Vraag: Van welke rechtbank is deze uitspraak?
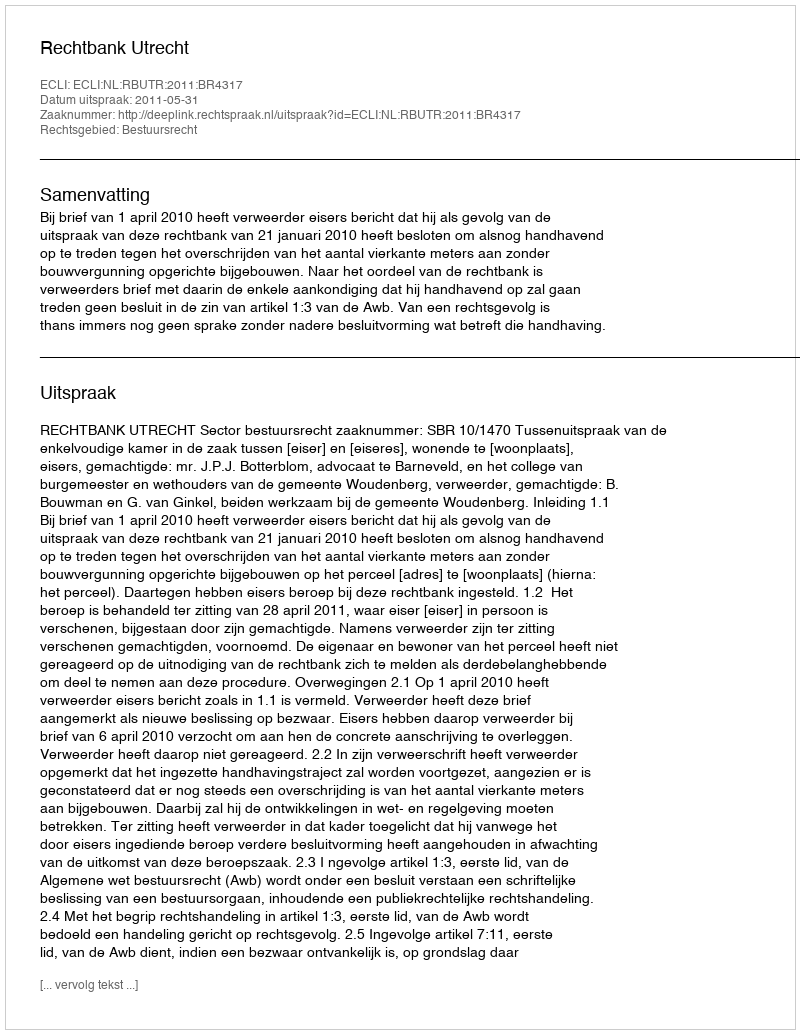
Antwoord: Rechtbank Utrecht